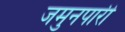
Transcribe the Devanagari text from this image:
जमुनपारी